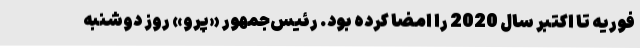
فوریه تا اکتبر سال 2020 را امضا کرده بود. رئیس‌جمهور «پرو» روز دوشنبه